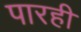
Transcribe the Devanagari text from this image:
पारही